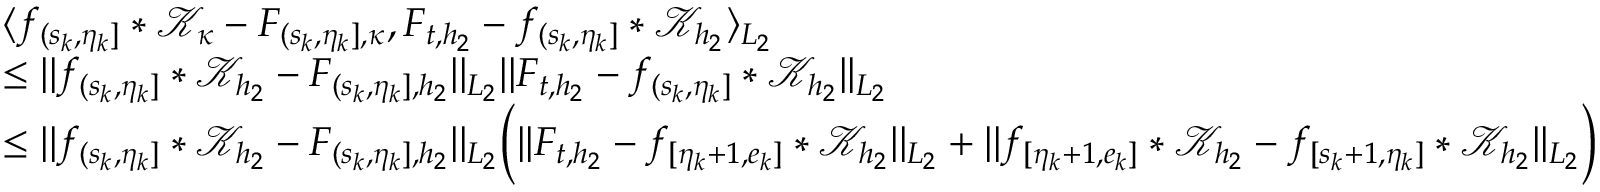
\begin{array} { r l } & { \langle f _ { ( s _ { k } , \eta _ { k } ] } \ast \mathcal { K } _ { \kappa } - F _ { ( s _ { k } , \eta _ { k } ] , \kappa } , F _ { t , { h _ { 2 } } } - f _ { ( s _ { k } , \eta _ { k } ] } \ast \mathcal { K } _ { { h _ { 2 } } } \rangle _ { L _ { 2 } } } \\ & { \le \vert \vert f _ { ( s _ { k } , \eta _ { k } ] } \ast \mathcal { K } _ { { h _ { 2 } } } - F _ { ( s _ { k } , \eta _ { k } ] , { h _ { 2 } } } \vert \vert _ { L _ { 2 } } \vert \vert F _ { t , { h _ { 2 } } } - f _ { ( s _ { k } , \eta _ { k } ] } \ast \mathcal { K } _ { { h _ { 2 } } } \vert \vert _ { L _ { 2 } } } \\ & { \le \vert \vert f _ { ( s _ { k } , \eta _ { k } ] } \ast \mathcal { K } _ { { h _ { 2 } } } - F _ { ( s _ { k } , \eta _ { k } ] , { h _ { 2 } } } \vert \vert _ { L _ { 2 } } \Big ( \vert \vert F _ { t , { h _ { 2 } } } - f _ { [ \eta _ { k } + 1 , e _ { k } ] } \ast \mathcal { K } _ { { h _ { 2 } } } \vert \vert _ { L _ { 2 } } + \vert \vert f _ { [ \eta _ { k } + 1 , e _ { k } ] } \ast \mathcal { K } _ { { h _ { 2 } } } - f _ { [ s _ { k } + 1 , \eta _ { k } ] } \ast \mathcal { K } _ { { h _ { 2 } } } \vert \vert _ { L _ { 2 } } \Big ) } \end{array}